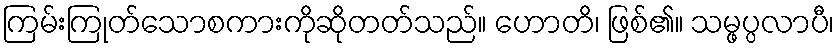
ကြမ်းကြုတ်သောစကားကိုဆိုတတ်သည်။ ဟောတိ၊ ဖြစ်၏။ သမ္ဖပ္ပလာပီ၊